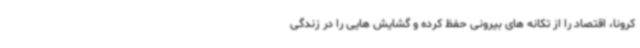
کرونا، اقتصاد را از تکانه های بیرونی حفظ کرده و گشایش هایی را در زندگی